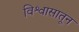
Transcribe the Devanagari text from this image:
विश्वासातून